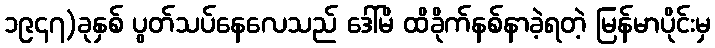
၁၉၄၇)ခုနှစ် ပွတ်သပ်နေလေသည် ဒေါ်မိ ထိခိုက်နစ်နာခဲ့ရတဲ့ မြန်မာပိုင်းမှ